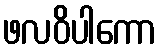
ဖလဝိပါကော